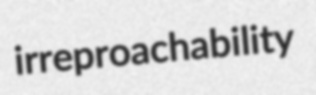
irreproachability